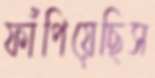
ফাঁপিয়েছিস